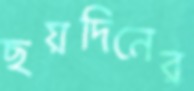
ছয়দিনের